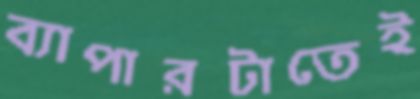
ব্যাপারটাতেই